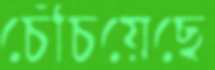
চেঁচিয়েছে